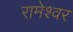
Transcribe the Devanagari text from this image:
रामेश्वर